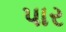
પાર